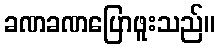
ခဏခဏပြောဖူးသည်။